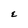
Character: E